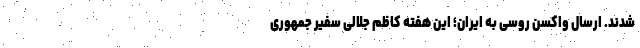
شدند. ارسال واکسن روسی به ایران؛ این هفته کاظم جلالی سفیر جمهوری